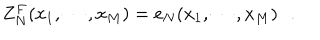
Z _ { N } ^ { F } ( x _ { 1 } , \cdots , x _ { M } ) = e _ { N } ( x _ { 1 } , \cdots , x _ { M } ) \, \, \, \, .